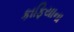
કાફિયાના